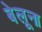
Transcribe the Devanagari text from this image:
बेलूना